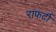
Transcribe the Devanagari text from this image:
राफर्टी